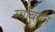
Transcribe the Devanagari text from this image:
स्वबियन